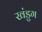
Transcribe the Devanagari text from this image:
खंडुग